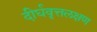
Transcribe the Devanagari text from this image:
दीर्घवृत्तलक्षण